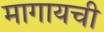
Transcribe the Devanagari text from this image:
मागायची